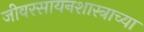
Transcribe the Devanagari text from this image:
जीवरसायनशास्त्राच्या